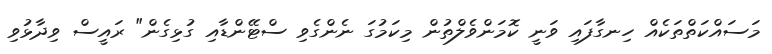
މަސައްކަތްތަކެއް ހިނގާފައި ވަނީ ކޮމަންވެލްތުން މިކަމުގަ ނެންގެވި ސްޓޭންޑާއި ގުޅިގެން" ރައީސް ވިދާޅުވި